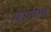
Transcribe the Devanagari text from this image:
ख्पायित